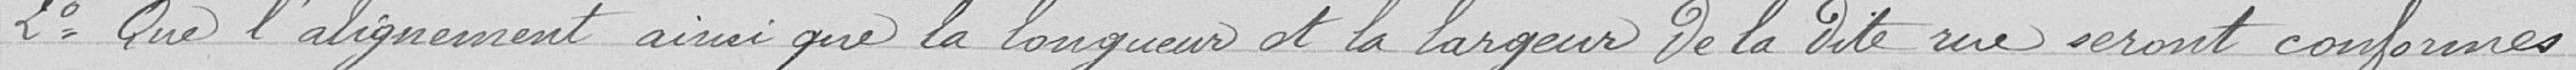
2° Que l'alignement ainsi que la longueur et la largeur de la dite rue seront conformes